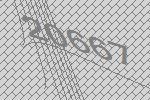
20667